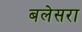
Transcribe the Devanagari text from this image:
बलेसरा